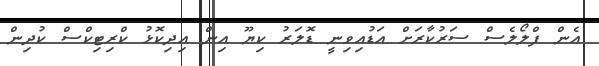
އެން ފްލޯލެސް ސަރުކާރަށް އަޑުއިވިނީ ޑޮލަރު ކިޔޫ އިން އިދިކޮޅު ކްރިޓިކްސް ކުދިން